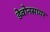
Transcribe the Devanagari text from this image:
डेवोनसायर